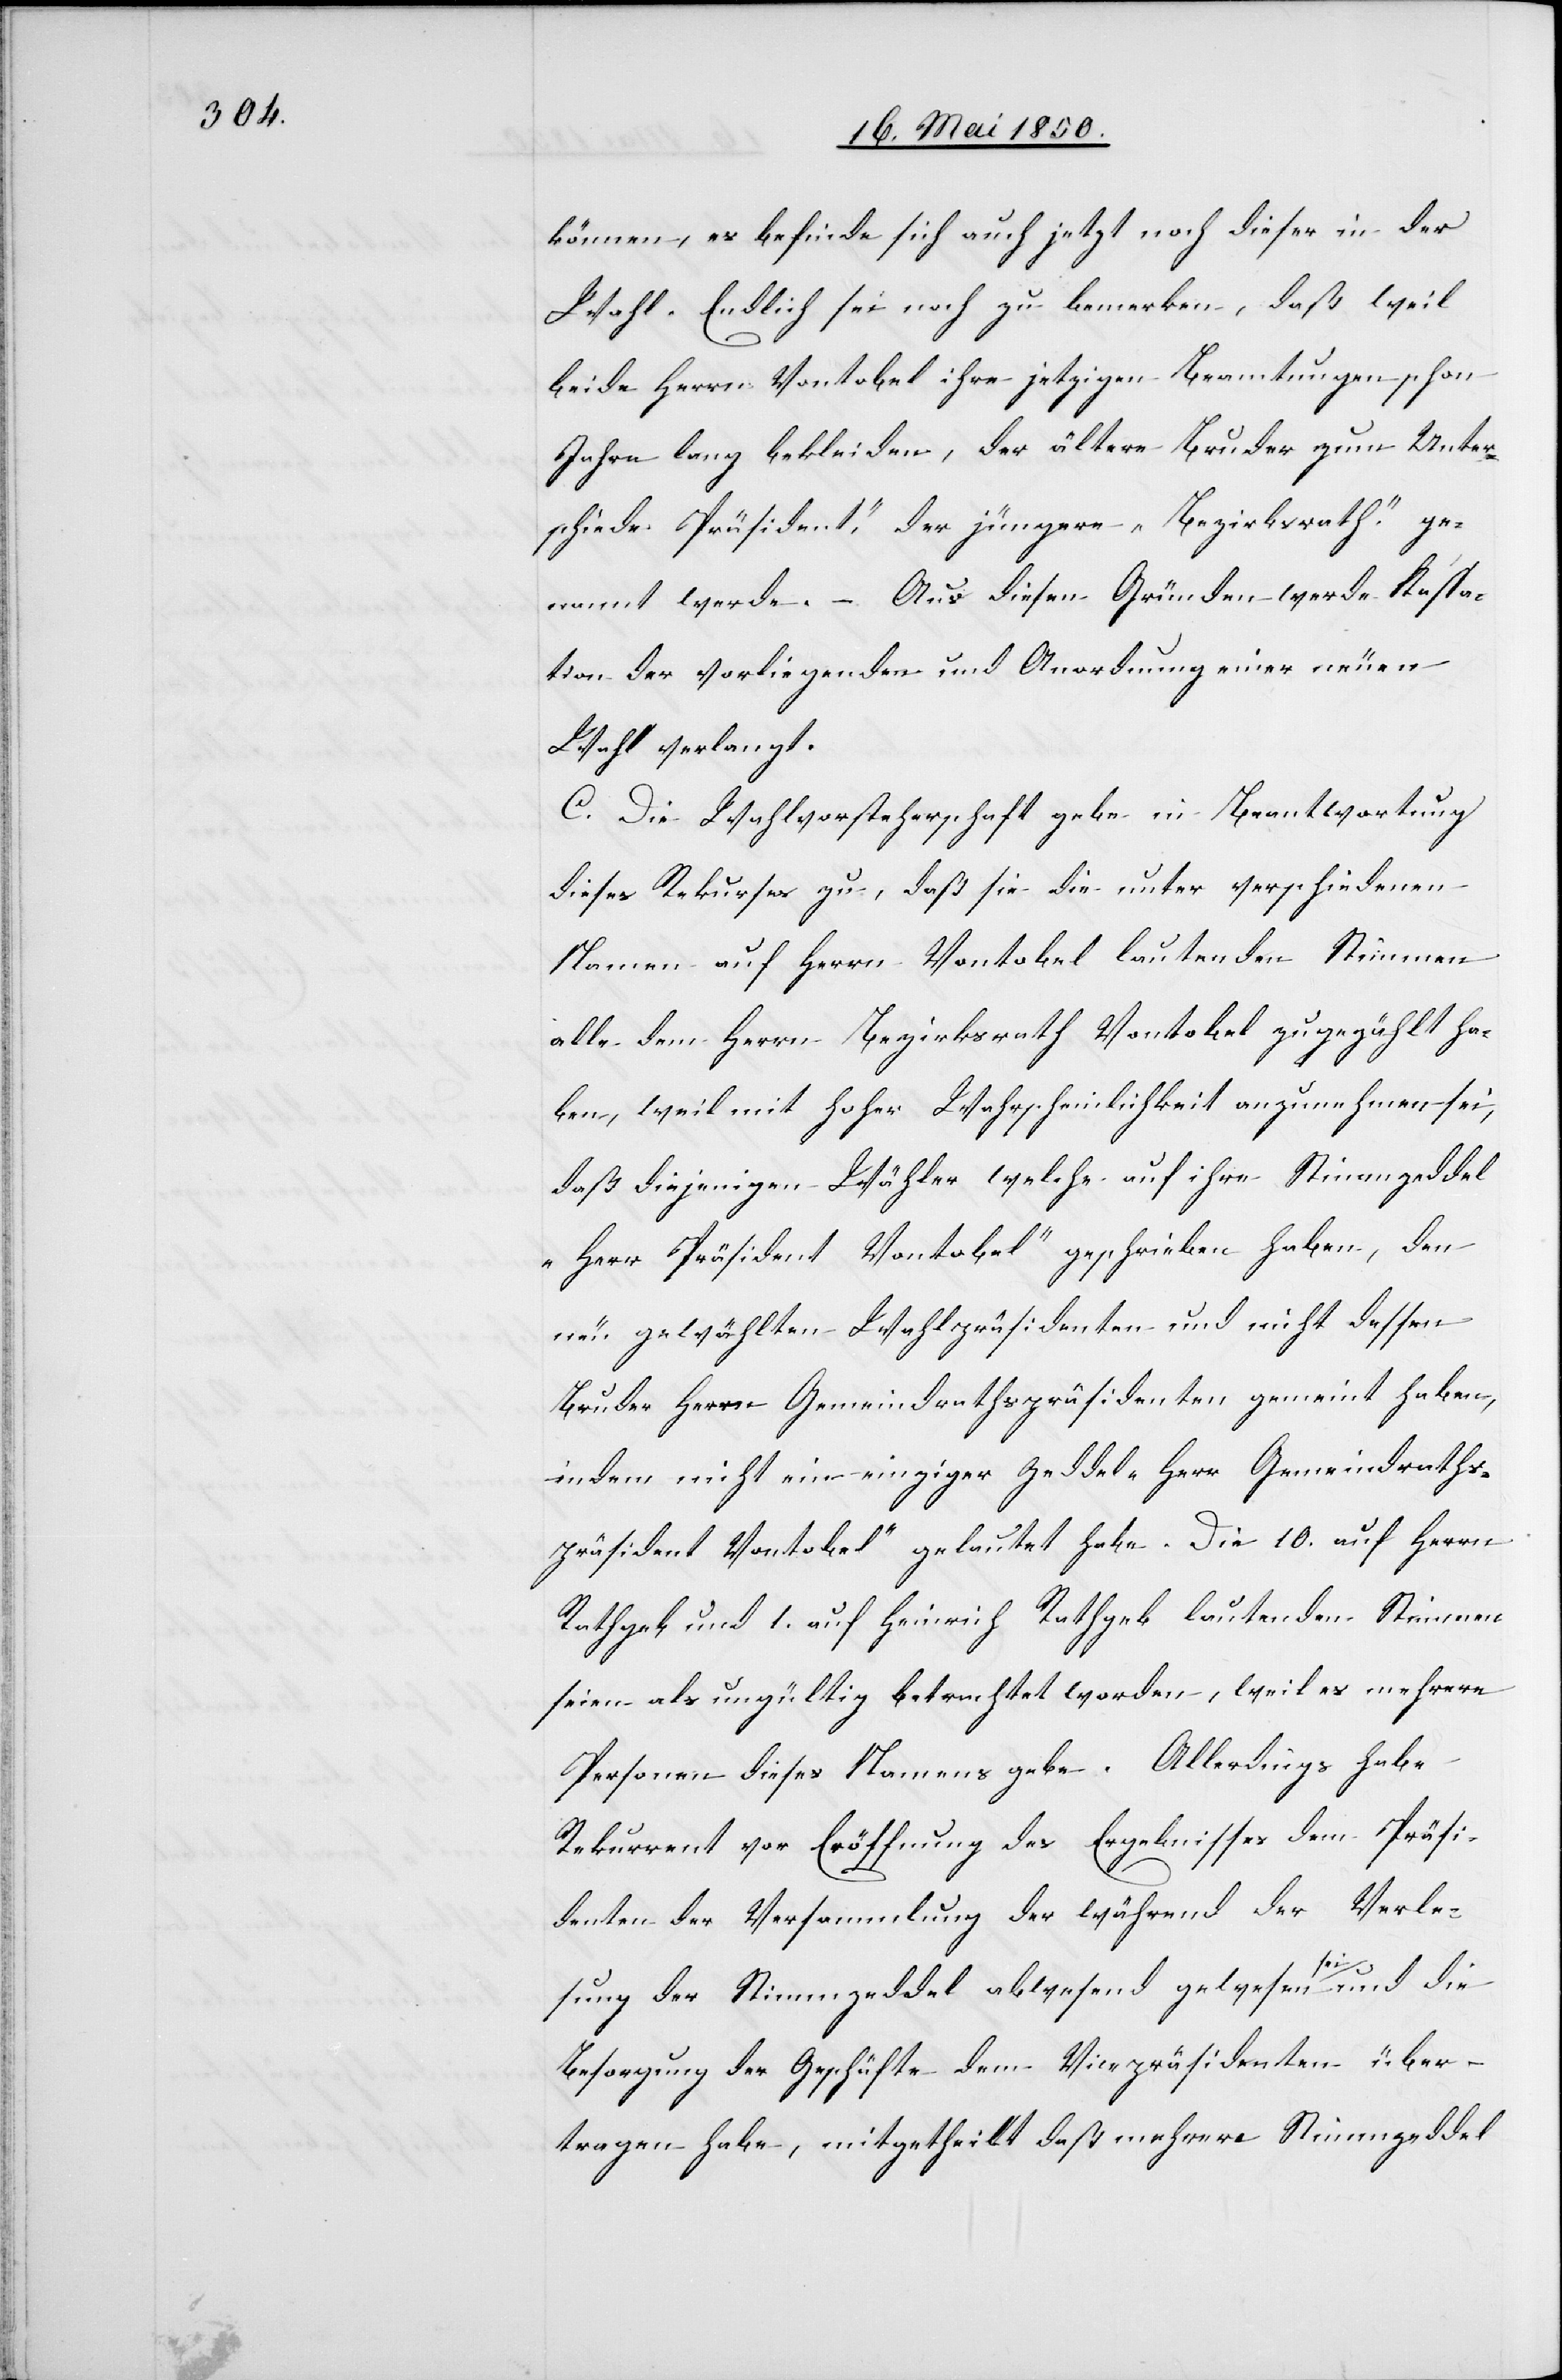
können, es befinde sich auch jetzt noch dieser in der
Wahl. Endlich sei noch zu bemerken, daß weil
beide Herrn Vontobel ihre jetzigen Beamtungen schon
Jahre lang bekleiden, der ältere Bruder zum Unter¬
schiede [„]Präsident“, der jüngere „Bezirksrath“ ge¬
nannt werde. – Aus diesen Gründen werde Kassa¬
tion der vorliegenden und Anordnung einer neuen
Wahl verlangt.
C. Die Wahlvorsteherschaft gebe in Beantwortung
dieses Rekurses zu, daß sie die unter verschiedenen
Namen auf Herrn Vontobel lautenden Stimmen
alle dem Herrn Bezirksrath Vontobel zugezählt ha¬
ben, weil mit hoher Wahrscheinlichkeit anzunehmen sei,
daß diejenigen Wähler welche auf ihre Stimmzeddel
„Herr Präsident Vontobel“ geschrieben haben, den
neu gewählten Wahlpräsidenten und nicht dessen
Bruder Herrn Gemeindrathspräsidenten gemeint haben,
indem nicht ein einziger Zeddel „Herr Gemeindraths¬
präsident Vontobel“ gelautet habe. Die 10. auf Herrn
Rathgeb und 1. auf Heinrich Rathgeb lautenden Stimmen
seien als ungültig betrachtet worden, weil es mehrere
Personen dieses Namens gebe. Allerdings habe
Rekurrent vor Eröffnung des Ergebnisses dem Präsi¬
denten der Versammlung der während der Verle¬
sung der Stimmzeddel abwesend gewesen sei und die
Besorgung der Geschäfte dem Vicepräsidenten über¬
tragen habe, mitgetheilt daß mehrere Stimmzeddel